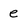
Character: e